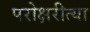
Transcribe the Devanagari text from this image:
परोक्षरीत्या